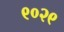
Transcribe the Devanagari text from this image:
९०२९